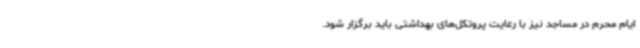
ایام محرم در مساجد نیز با رعایت پروتکل‌های بهداشتی باید برگزار شود.